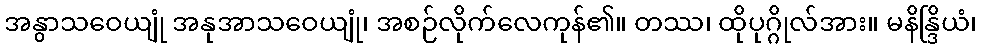
အနွာသဝေယျုံ အနုအာသဝေယျုံ၊ အစဉ်လိုက်လေကုန်၏။ တဿ၊ ထိုပုဂ္ဂိုလ်အား။ မနိန္ဒြိယံ၊